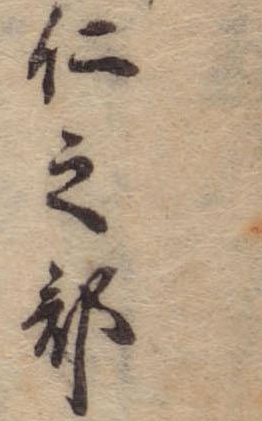
仁之部